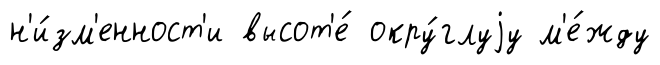
н'и́зм'енност'и высот'е́ окру́глуjу м'е́жду